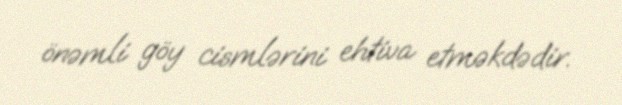
önəmli göy cismlərini ehtiva etməkdədir.